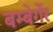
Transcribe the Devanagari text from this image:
बम्बेर्गेर